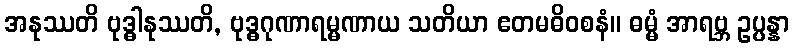
အနုဿတိ ဗုဒ္ဓါနုဿတိ, ဗုဒ္ဓဂုဏာရမ္မဏာယ သတိယာ ဧတမဓိဝစနံ။ ဓမ္မံ အာရဗ္ဘ ဥပ္ပန္နာ